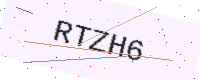
Text: RTZH6